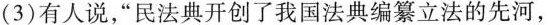
(3)有人说，“民法典开创了我国法典编篡立法的先河